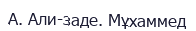
А. Али-заде. Мұхаммед